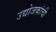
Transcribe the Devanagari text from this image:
उद्योजकांची